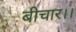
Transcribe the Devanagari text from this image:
बीचार।।